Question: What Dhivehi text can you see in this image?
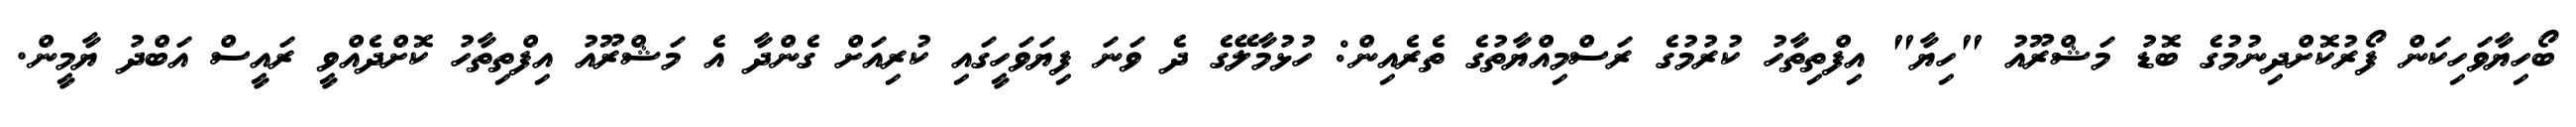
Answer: ބޯހިޔާވަހިކަން ފޯރުކޮށްދިނުމުގެ ބޮޑު މަޝްރޫއު "ހިޔާ" އިފްތިތާހު ކުރުމުގެ ރަސްމިއްޔާތުގެ ތެރެއިން: ހުޅުމާލޭގެ ދެ ވަނަ ފިޔަވަހީގައި ކުރިއަށް ގެންދާ އެ މަޝްރޫއު އިފްތިތާހު ކޮށްދެއްވީ ރައީސް އަބްދު ޔާމީން.